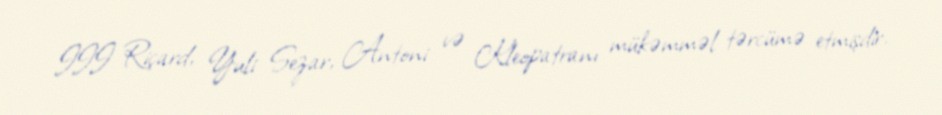
III Riçard, Yuli Sezar, Antoni və Kleopatranı mükəmməl tərcümə etmişdir.